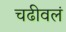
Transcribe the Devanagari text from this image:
चढीवलं